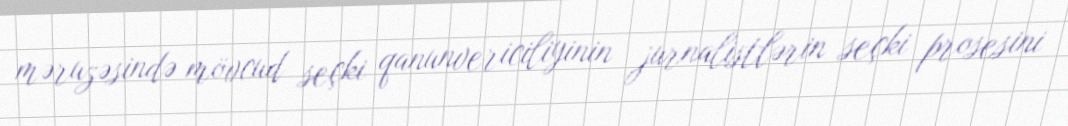
məruzəsində mövcud seçki qanunvericiliyinin jurnalistlərin seçki prosesini